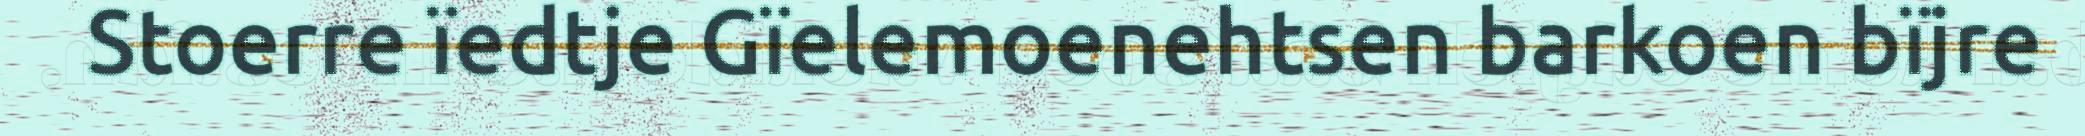
Stoerre ïedtje Gïelemoenehtsen barkoen bïjre